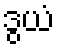
ဒွယံ